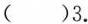
( )3.